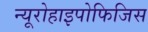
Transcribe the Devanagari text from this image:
न्यूरोहाइपोफिजिस